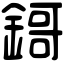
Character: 鎶